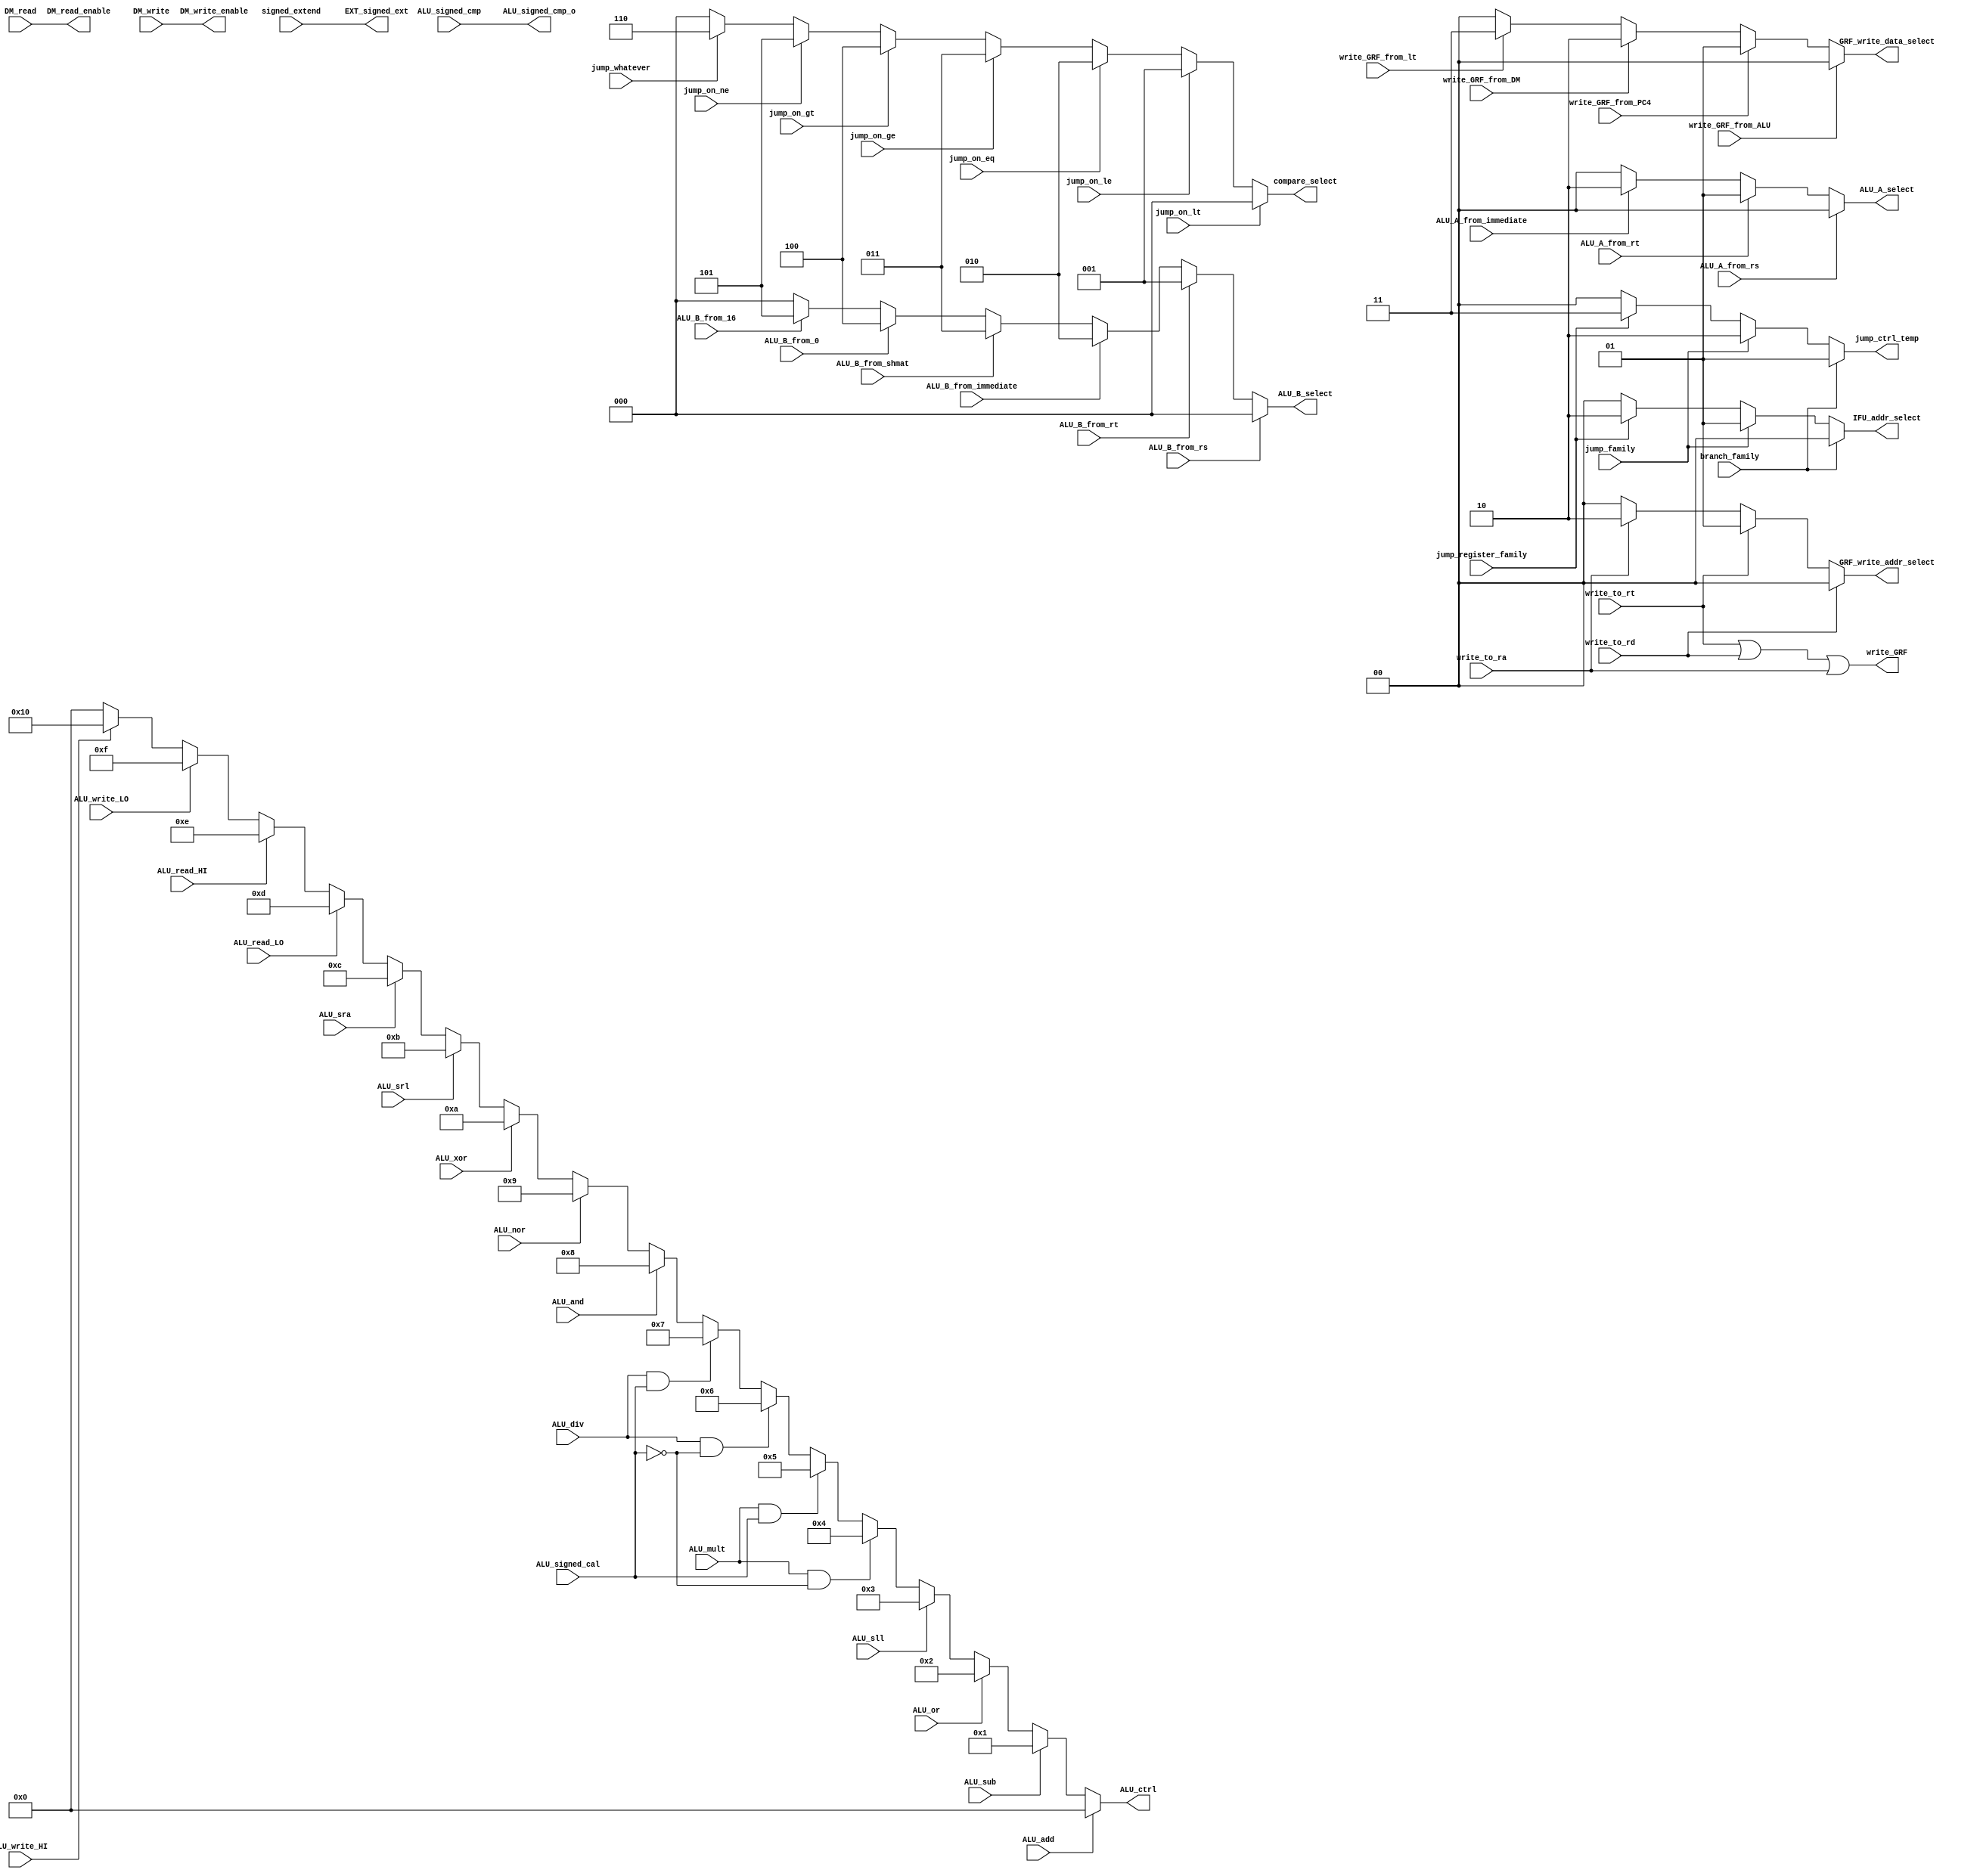
`timescale 1ns / 1ps
module CTRL_generate(
	jump_on_lt, jump_on_le, jump_on_eq, jump_on_ge, jump_on_gt, jump_on_ne, jump_whatever,
	branch_family, jump_family, jump_register_family,
	signed_extend,
	write_to_rt, write_to_rd, write_to_ra,
	write_GRF_from_ALU, write_GRF_from_PC4, write_GRF_from_DM, write_GRF_from_lt,
	ALU_A_from_rs, ALU_A_from_rt, ALU_A_from_immediate,
	ALU_B_from_rs, ALU_B_from_rt, ALU_B_from_immediate, ALU_B_from_shmat, ALU_B_from_0, ALU_B_from_16,
	ALU_add, ALU_sub, ALU_mult, ALU_div, ALU_sll, ALU_srl, ALU_sra, ALU_or, ALU_and, ALU_xor, ALU_nor, ALU_signed_cal, ALU_signed_cmp,
	ALU_read_LO, ALU_read_HI, ALU_write_LO, ALU_write_HI,
	DM_read, DM_write,
	compare_select,
	jump_ctrl_temp,
	IFU_addr_select,
	EXT_signed_ext,
	write_GRF,
	GRF_write_addr_select,
	GRF_write_data_select,
	ALU_A_select,
	ALU_B_select,
	ALU_ctrl,
	DM_read_enable,
	DM_write_enable,
	ALU_signed_cmp_o
);
input jump_on_lt, jump_on_le, jump_on_eq, jump_on_ge, jump_on_gt, jump_on_ne, jump_whatever,
	  branch_family, jump_family, jump_register_family,
	  signed_extend,
	  write_to_rt, write_to_rd, write_to_ra,
	  write_GRF_from_ALU, write_GRF_from_PC4, write_GRF_from_DM, write_GRF_from_lt,
	  ALU_A_from_rs, ALU_A_from_rt, ALU_A_from_immediate,
	  ALU_B_from_rs, ALU_B_from_rt, ALU_B_from_immediate, ALU_B_from_shmat, ALU_B_from_0, ALU_B_from_16,
	  ALU_add, ALU_sub, ALU_mult, ALU_div, ALU_sll, ALU_srl, ALU_sra, ALU_or, ALU_and, ALU_xor, ALU_nor, ALU_signed_cal, ALU_signed_cmp,
	  ALU_read_LO, ALU_read_HI, ALU_write_LO, ALU_write_HI,
	  DM_read, DM_write;
output[4:0] ALU_ctrl;
output[2:0] compare_select, ALU_B_select;
output[1:0] jump_ctrl_temp, IFU_addr_select, GRF_write_addr_select, GRF_write_data_select, ALU_A_select;
output      EXT_signed_ext, write_GRF, DM_read_enable, DM_write_enable, ALU_signed_cmp_o;
	assign compare_select = (jump_on_lt) ? 0 :
	                        (jump_on_le) ? 1 :
							(jump_on_eq) ? 2 :
							(jump_on_ge) ? 3 :
							(jump_on_gt) ? 4 :
							(jump_on_ne) ? 5 :
							(jump_whatever) ? 6 : 0;
	assign ALU_B_select = ALU_B_from_rs ? 0 :
						  ALU_B_from_rt ? 1 :
						  ALU_B_from_immediate ? 2 :
						  ALU_B_from_shmat ? 3 :
						  ALU_B_from_0 ? 4 :
						  ALU_B_from_16 ? 5 : 0;
	assign jump_ctrl_temp = branch_family ? 1 :
	                        jump_family ? 2 :
							jump_register_family ? 3 : 0;
	assign IFU_addr_select = branch_family ? 0 :
	                         jump_family ? 1 :
							 jump_register_family ? 2 : 0;
	assign GRF_write_addr_select = write_to_rd ? 0 :
	                               write_to_rt ? 1 :
								   write_to_ra ? 2 : 0;
	assign GRF_write_data_select = write_GRF_from_ALU ? 0 :
	                               write_GRF_from_PC4 ? 1 :
								   write_GRF_from_DM ? 2 :
								   write_GRF_from_lt ? 3 : 0;
	assign ALU_A_select = ALU_A_from_rs ? 0 :
	                      ALU_A_from_rt ? 1 :
						  ALU_A_from_immediate ? 2 : 0;
	assign ALU_ctrl = (ALU_add) ? 0 :
					  (ALU_sub) ? 1	:
					  (ALU_or) ? 2	:
					  (ALU_sll)	? 3	:
					  (ALU_mult && !ALU_signed_cal) ? 4 :
					  (ALU_mult && ALU_signed_cal) ? 5 :
					  (ALU_div && !ALU_signed_cal) ? 6 :
					  (ALU_div && ALU_signed_cal) ? 7 :
					  (ALU_and) ? 8 :
					  (ALU_nor) ? 9 :
					  (ALU_xor) ? 10 :
					  (ALU_srl) ? 11 :
					  (ALU_sra) ? 12 :
					  (ALU_read_LO) ? 13 :
					  (ALU_read_HI) ? 14 :
					  (ALU_write_LO) ? 15 :
					  (ALU_write_HI) ? 16 : 0;
	assign EXT_signed_ext = signed_extend;
	assign write_GRF = write_to_rt || write_to_rd || write_to_ra;
	assign DM_read_enable = DM_read;
	assign DM_write_enable = DM_write;
	assign ALU_signed_cmp_o = ALU_signed_cmp;
endmodule